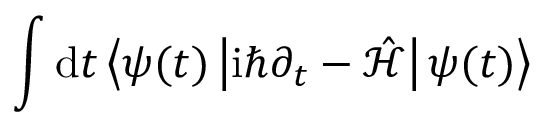
\int \mathrm { d } t \left\langle \psi ( t ) \left| \mathrm { i } \hbar \partial _ { t } - \mathcal { \hat { H } } \right| \psi ( t ) \right\rangle